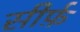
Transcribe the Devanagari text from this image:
सीर्फ़